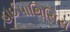
હાઈપોથિસિસ